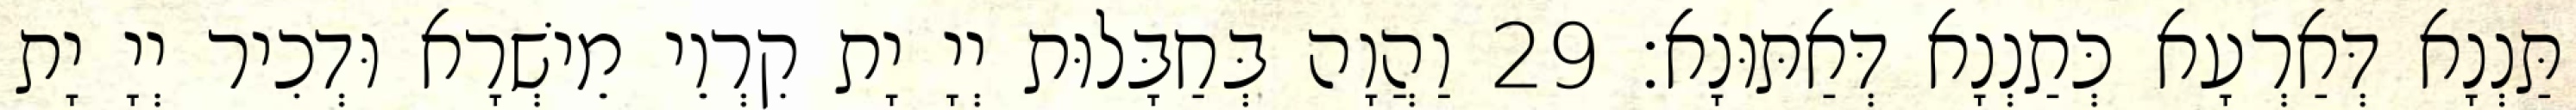
תַּנְנָא דְּאַרְעָא כְּתַנְנָא דְּאַתּוּנָא׃ 29 וַהֲוָה בְּחַבָּלוּת יְיָ יָת קִרְוֵי מֵישְׁרָא וּדְכִיר יְיָ יָת